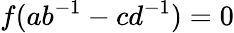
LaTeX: f(ab^{-1}-cd^{-1})=0